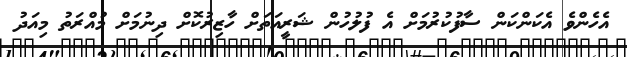
އެހެންވެ އެކަންކަން ސާފުކުރުމަށް އެ ފުލުހުން ޝަރީއަތަށް ހާޒިރުކޮށް ދިނުމަށް މުއްރަތު މިއަދު